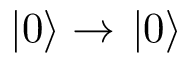
\left. \vert 0 \right\rangle \rightarrow \left. \vert 0 \right\rangle